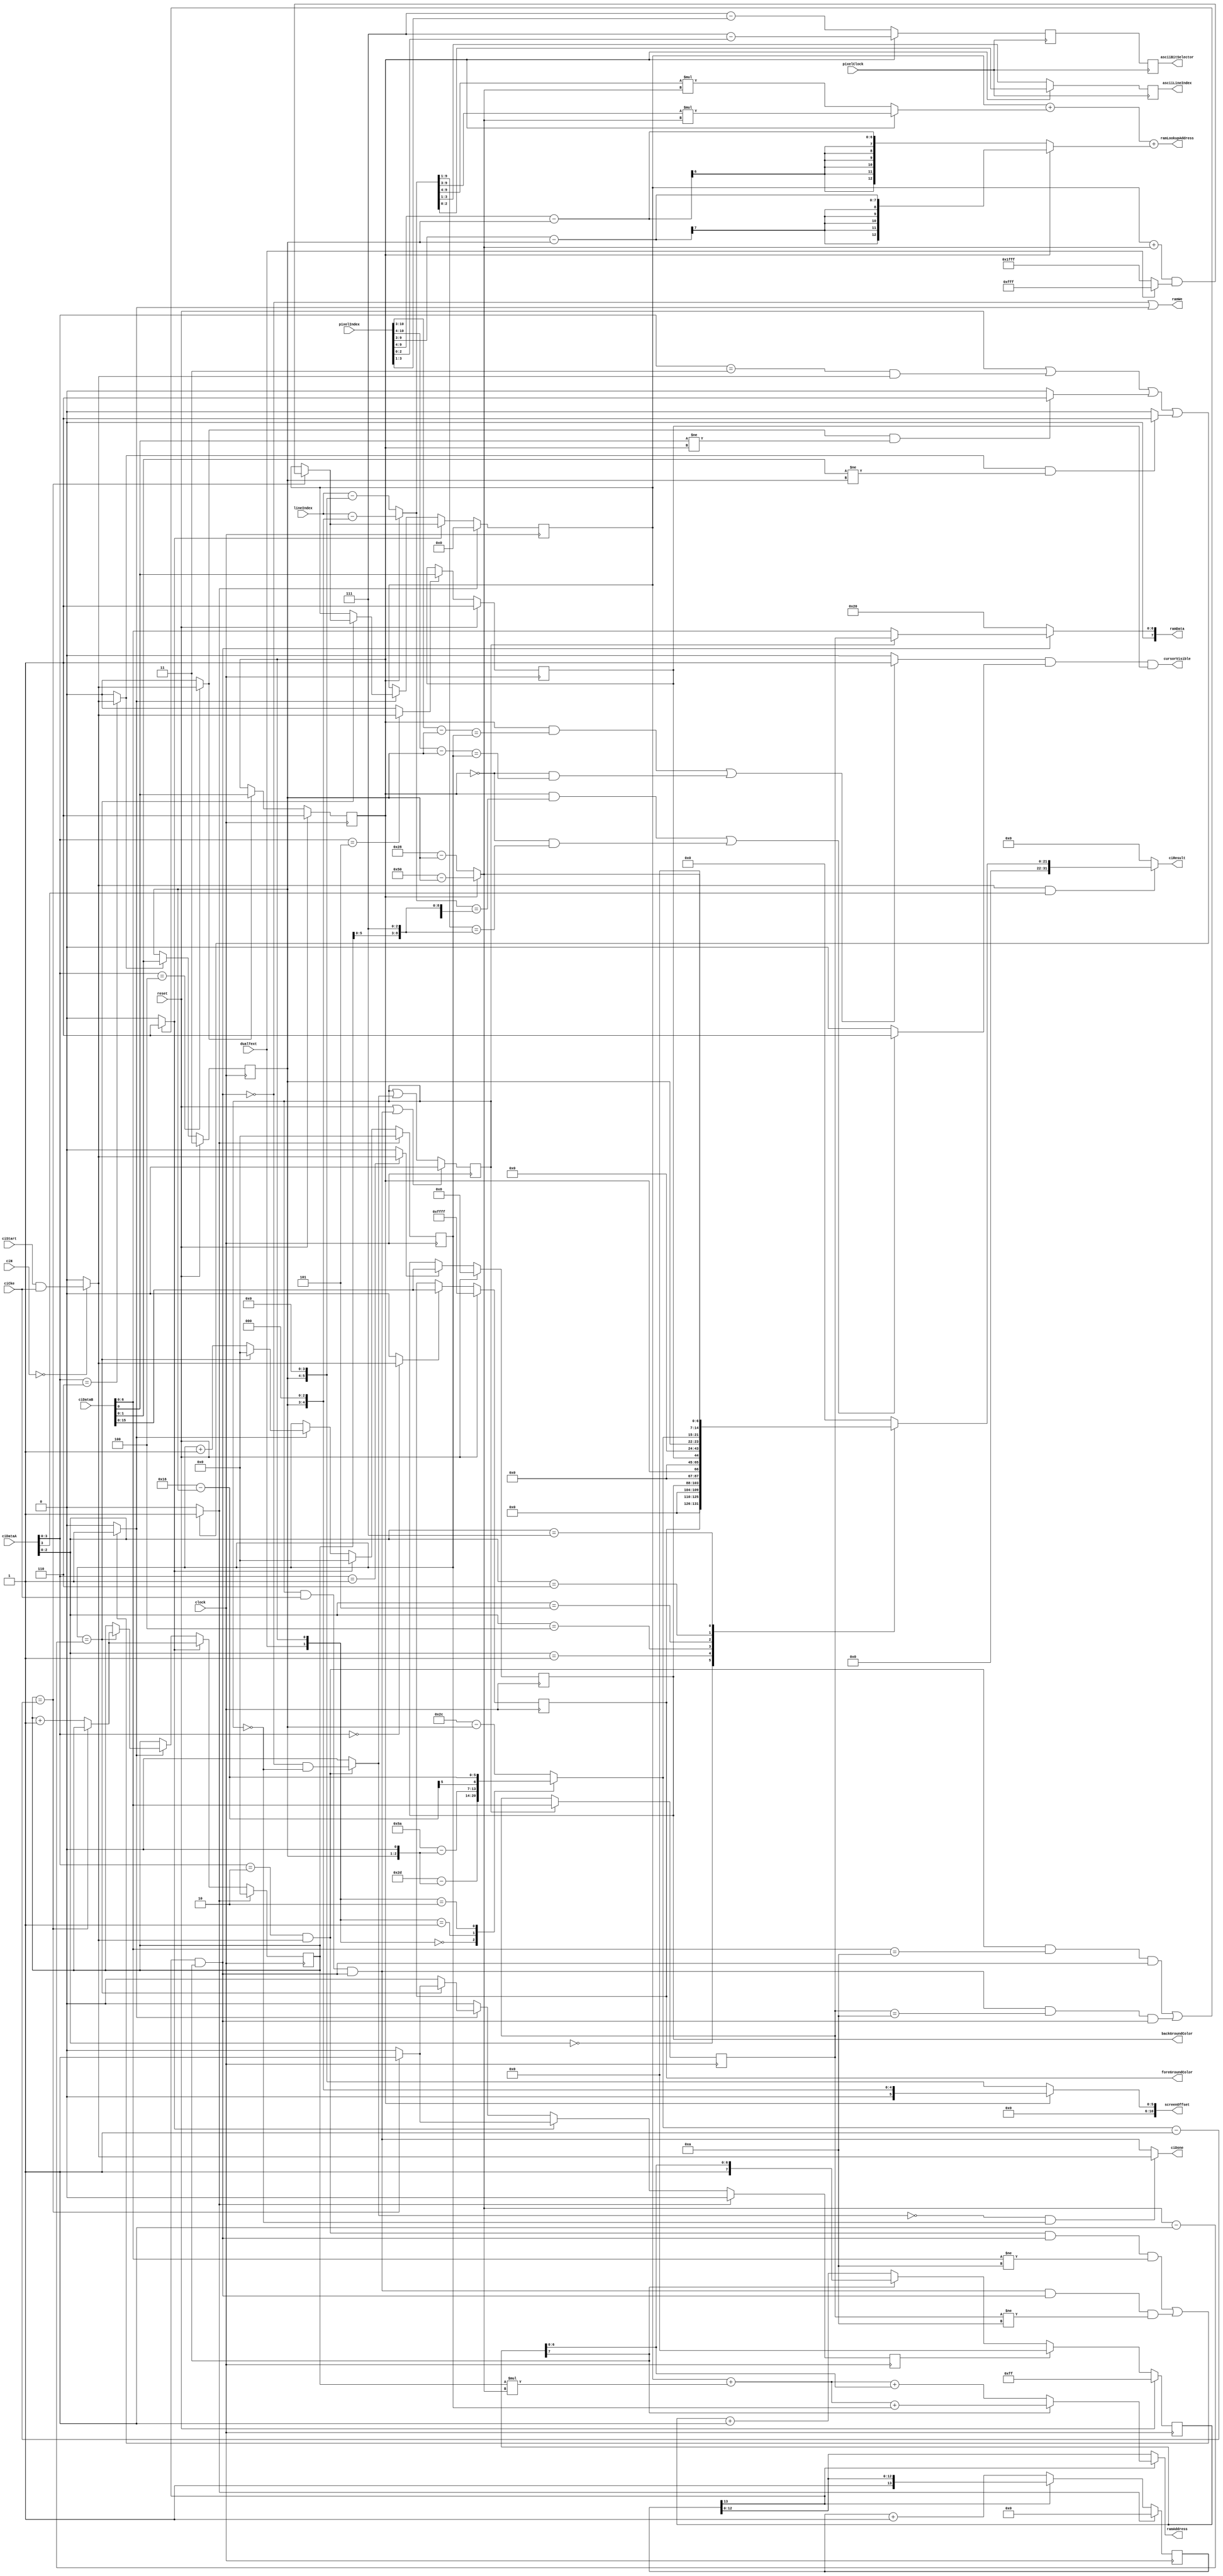
module textController #(parameter [15:0] defaultForeGroundColor = 16'hFFFF,
                        parameter [15:0] defaultBackGroundColor = 16'd0,
                        parameter [7:0]  customIntructionNr = 8'd0,
                        parameter defaultSmallChars = 1'b1)
                       (input wire         clock,
                                           pixelClock,
                                           reset,
                                           dualText,
                        input wire [10:0]  pixelIndex,
                        input wire [9:0]   lineIndex,
                        output wire [10:0] screenOffset,
                        // here we define the custom instruction interface
                        input wire [7:0]   ciN,
                        input wire [31:0]  ciDataA,
                                           ciDataB,
                        input wire         ciStart,
                                           ciCke,
                        output wire        ciDone,
                        output wire [31:0] ciResult,
                        // here we define the interface to the ram and screen controller
                        output wire        ramWe,
                        output wire [7:0]  ramData,
                        output wire [12:0] ramAddress,
                        output wire [12:0] ramLookupAddress,
                        output reg [2:0]   asciiBitSelector,
                                           asciiLineIndex,
                        output [15:0]      foreGroundColor,
                                           backGroundColor,
                        output             cursorVisible );

  /*
   * This is the text controller that supports following resolutions:
   * 
   * dualText:  SmallChars:  nrOfCharsPerLine: nrOfLines: CharResolution:
   *     0           0            40              45         16x16
   *     0           1            80              90          8x8
   *     1           0            40              22         16x16
   *     1           1            80              44          8x8
   *
   */
  
  /*
   * For the custom Intruction Interface:
   *
   * DataA[3..0]  DataB:                DataC:          Remark:
   *   0000       ForeGroundColor       --              Write new Color on 16Bits RGB565
   *   1000       --                    ForeGroundColor Read current Color on 16 bits RGB565
   *   0001       BackGoundColor        --              Write new Color on 16Bits RGB565
   *   1001       --                    BackGoundColor  Read current Color on 16 bits RGB565
   *   0010       Char ASCII            --              Write a character (7 bits) at the current cursor position
   *   0011       --                    --              Clear Screen
   *   0100       bit0:SmallChars       --              Set the smallChars parameter (changing this value will force a clear screen)
   *   0101       bit0:CursorVisible    --              Enable or disable the visible cursor
   *   0110       bit1-0 TextCorrection --              Set the text correction for Televisions (0-3 Chars/lines)
   *   1110       --                    TextCorrection  Read the text correction for Televisions (0-3 Chars/lines)
   *   1111       --                    Screen Info     Read bits[31:16] the number of lines and bits[15:0] number of characters each line
   *  others                                            No function
   *
   */
  
  wire s_busy;
  /*
   *
   * Here the custom instruction interface is defined
   *
   */
  reg [15:0] s_foreGroundColorReg, s_backGroundColorReg;
  reg [1:0]  s_TextCorrectionReg;
  reg [6:0]  s_delayedCharToBeWrittenReg;
  reg        s_cursorVisibleReg;
  reg        s_delayWeCharReg;
  reg        s_smallCharsReg;
  
  assign foreGroundColor = s_foreGroundColorReg;
  assign backGroundColor = s_backGroundColorReg;
  assign screenOffset    = (s_smallCharsReg) == 1'b1 ? {6'd0,s_TextCorrectionReg,3'd0} : {5'd0,s_TextCorrectionReg,4'd0};
  
  wire s_isMyCustomInstruction = (ciN == customIntructionNr) ? ciStart & ciCke : 1'b0;
  wire s_weForeGroudColor      = (ciDataA[3:0] == 4'h0) ? s_isMyCustomInstruction : 1'b0;
  wire s_weBackGroudColor      = (ciDataA[3:0] == 4'h1) ? s_isMyCustomInstruction : 1'b0;
  wire s_weSmallChars          = (ciDataA[3:0] == 4'h4) ? s_isMyCustomInstruction : 1'b0;
  wire s_SmallCharsChanged     = (s_weSmallChars == 1'b1 && ciDataB[0] != s_smallCharsReg) ? 1'b1 : 1'b0;
  wire s_weTextCorrection      = (ciDataA[3:0] == 4'h6) ? s_isMyCustomInstruction : 1'b0;
  wire s_textCorrectionChanged = (s_weTextCorrection == 1'b1 && ciDataB[1:0] != s_TextCorrectionReg) ? 1'b1 : 1'b0;
  wire s_clearScreen           = (reset == 1'b1 || (ciDataA[3:0] == 4'h3 && s_isMyCustomInstruction) || s_SmallCharsChanged == 1'b1 ||
                                  s_textCorrectionChanged == 1'b1) ? 1'b1 : 1'b0;
  wire s_weCursor              = (ciDataA[3:0] == 4'h5) ? s_isMyCustomInstruction : 1'b0;
  wire s_delayWeChar           = (ciDataA[3:0] == 4'h2 && s_isMyCustomInstruction == 1'b1) ? s_busy & ~s_delayWeCharReg : 1'b0;
  wire s_delayWeCharTaken      = s_delayWeCharReg & ciCke & ~s_busy;
  wire s_weChar                = ((ciDataA[3:0] == 4'h2 && s_isMyCustomInstruction == 1'b1 && s_busy == 1'b0 && ciDataB[6:0] != 7'd10) || 
                                  (s_delayWeCharTaken == 1'b1 && s_busy == 1'b0 && s_delayedCharToBeWrittenReg != 7'd10)) ? 1'b1 : 1'b0;
  wire s_nextLine              = ((ciDataA[3:0] == 4'h2 && s_isMyCustomInstruction == 1'b1 && ciDataB[6:0] == 7'd10 && s_busy == 1'b0) || 
                                  (s_delayWeCharTaken == 1'b1 && s_delayedCharToBeWrittenReg == 7'd10 && s_busy == 1'b0)) ? 1'b1 : 1'b0;

  always @(posedge clock)
    begin
      s_foreGroundColorReg        <= (reset == 1'b1) ? defaultForeGroundColor : (s_weForeGroudColor == 1'b1) ? ciDataB[15:0] : s_foreGroundColorReg;
      s_backGroundColorReg        <= (reset == 1'b1) ? defaultBackGroundColor : (s_weBackGroudColor == 1'b1) ? ciDataB[15:0] : s_backGroundColorReg;
      s_smallCharsReg             <= (reset == 1'b1) ? defaultSmallChars : (s_weSmallChars == 1'b1) ? ciDataB[0] : s_smallCharsReg;
      s_cursorVisibleReg          <= (reset == 1'b1) ? 1'b1 : (s_weCursor == 1'b1) ? ciDataB[0] : s_cursorVisibleReg;
      s_delayWeCharReg            <= (reset == 1'b1 || s_delayWeCharTaken == 1'b1) ? 1'b0 : s_delayWeCharReg | s_delayWeChar;
      s_delayedCharToBeWrittenReg <= (s_delayWeCharReg == 1'b1) ? ciDataB[6:0] : s_delayedCharToBeWrittenReg;
      s_TextCorrectionReg         <= (reset == 1'b1) ? 2'd3 : (s_weTextCorrection == 1'b1) ? ciDataB[1:0] : s_TextCorrectionReg;
    end

  
  /*
   *
   * Here we define the screen parameters
   *
   */
  reg [6:0]  s_maxLines;
  wire [6:0] s_maxCharsPerLine = (s_smallCharsReg == 1'b1) ? 7'd80 - {5'd0,s_TextCorrectionReg} : 7'd40 - {5'd0,s_TextCorrectionReg};
  wire [1:0] s_lineSelect = {dualText, s_smallCharsReg};
  
  always @*
    case (s_lineSelect)
      2'b00   : s_maxLines <= 7'd45 - {4'd0,s_TextCorrectionReg,1'd0};
      2'b01   : s_maxLines <= 7'd90 - {4'd0,s_TextCorrectionReg,1'd0};
      2'b10   : s_maxLines <= 7'd22 - {5'd0,s_TextCorrectionReg};
      default : s_maxLines <= 7'd44 - {5'd0,s_TextCorrectionReg};
    endcase
  
  /*
   *
   * Here the output is defined
   *
   */
  reg [31:0] s_ciResult;
  
  assign ciResult = (s_isMyCustomInstruction == 1'b1 && ciDataA[3] == 1'b1) ? s_ciResult : 32'd0;
  
  always @*
    case (ciDataA[2:0])
      3'd0    : s_ciResult <= {16'd0, s_foreGroundColorReg};
      3'd1    : s_ciResult <= {16'd0, s_backGroundColorReg};
      3'd4    : s_ciResult <= {31'd0,s_smallCharsReg};
      3'd5    : s_ciResult <= {31'd0,s_cursorVisibleReg};
      3'd6    : s_ciResult <= {30'd0,s_TextCorrectionReg};
      3'd7    : s_ciResult <= {8'd0, s_maxLines, 8'd0, s_maxCharsPerLine};
      default : s_ciResult <= 32'd0;
    endcase

  /*
   *
   * Here the clear screen is handeled
   *
   */
  reg [13:0] s_clearScreenCounterReg;
  
  always @(posedge clock) s_clearScreenCounterReg <= (s_clearScreen == 1'b1) ? 13'd0 : (s_clearScreenCounterReg[13] == 1'b0) ? s_clearScreenCounterReg + 13'b1 : s_clearScreenCounterReg;
  
  /*
   *
   * Here the line cleaning is handeled
   *
   */
  reg [7:0] s_clearLineCounterReg;
  reg s_clearLine;
  
  always @(posedge clock) s_clearLineCounterReg <= (reset == 1'b1) ? 8'hFF : (s_clearLine == 1'b1) ? 8'd0 : (s_clearLineCounterReg[7] == 1'b0) ? s_clearLineCounterReg + 8'd1 : s_clearLineCounterReg;
  
  /*
   *
   * Here the busy signal is defined, and the done for the ci-interface
   *
   */
  
  assign s_busy = ~(s_clearScreenCounterReg[13] & s_clearLineCounterReg[7]);
  assign ciDone = (s_delayWeChar == 1'b0 && s_delayWeCharReg == 1'b0) ? s_isMyCustomInstruction : s_delayWeCharTaken;
  
  /*
   *
   * Here we define the cursor
   *
   */
  reg [6:0]  s_cursorXPos, s_cursorYPos;
  reg [12:0] s_screenOffsetReg;
  wire [12:0] s_screenOffsetMask = (dualText == 1'b1) ? 13'b0111111111111 : 13'b1111111111111;
  wire       s_isOnCursorXPos = ((s_smallCharsReg == 1'b1 && ((pixelIndex[10:3] - {5'd0,s_TextCorrectionReg}) == {1'b0,s_cursorXPos})) ||
                                 (s_smallCharsReg == 1'b0 && ((pixelIndex[10:4] - {5'd0,s_TextCorrectionReg}) == s_cursorXPos))) ? 1'b1 : 1'b0;
  wire [9:0] s_correctedLineIndex = (s_smallCharsReg == 1'b1) ? lineIndex - {5'd0,s_TextCorrectionReg,3'd0} : lineIndex - {4'd0,s_TextCorrectionReg,4'd0};
  wire       s_isOnCursorYPos = ((s_smallCharsReg == 1'b1 && (s_correctedLineIndex == {s_cursorYPos,3'd7})) ||
                                 (s_smallCharsReg == 1'b0 && (s_correctedLineIndex[9:1] == {s_cursorYPos[5:0],3'd7}))) ? 1'b1 : 1'b0;

  assign cursorVisible = s_isOnCursorXPos & s_isOnCursorYPos & s_cursorVisibleReg;
  
  always @(posedge clock)
    begin      
      if (s_clearScreen == 1'b1)
        begin
          s_cursorXPos      <= 7'd0;
          s_cursorYPos      <= 7'd0;
          s_screenOffsetReg <= 13'd0;
          s_clearLine       <= 1'b0;
        end
      else if (s_nextLine == 1'b1)
        begin
          s_cursorXPos      <= 7'd0;
          if (s_cursorYPos == (s_maxLines - 6'd1))
            begin
              s_screenOffsetReg <= (s_screenOffsetReg + {6'd0,s_maxCharsPerLine}) & s_screenOffsetMask;
              s_clearLine       <= 1'b1;
            end
          else 
            begin
              s_cursorYPos <= s_cursorYPos+7'd1;
              s_clearLine  <= 1'b0;
            end
        end
     else if (s_weChar == 1'b1)
       begin
         if (s_cursorXPos == (s_maxCharsPerLine - 6'd1))
           begin
             s_cursorXPos <= 6'd0;
             if (s_cursorYPos == (s_maxLines - 6'd1))
               begin
                 s_screenOffsetReg <= (s_screenOffsetReg + {6'd0,s_maxCharsPerLine}) & s_screenOffsetMask;
                 s_clearLine       <= 1'b1;
               end
             else
               begin
                 s_clearLine  <= 1'b0;
                 s_cursorYPos <= s_cursorYPos+7'd1;
               end
           end
         else
           begin
             s_cursorXPos <= s_cursorXPos + 6'd1;
             s_clearLine  <= 1'b0;
           end
       end
     else s_clearLine <= 1'b0;
    end
  
  /*
   *
   * Here the ram interface is defined
   *
   */
  reg [2:0] s_asciiBitIndex;
  wire [12:0] s_yposOffset = {6'd0,s_cursorYPos} * {6'd0,s_maxCharsPerLine};
  wire [12:0] s_lookupOffset1 = (s_smallCharsReg == 1'b1) ? {6'b0,s_correctedLineIndex[9:3]} * {6'd0,s_maxCharsPerLine} : {7'b0,s_correctedLineIndex[9:4]} * {6'd0,s_maxCharsPerLine};
  wire [12:0] s_lookupOffset2 = (s_smallCharsReg == 1'b1) ? {6'h0,pixelIndex[9:3]} - {10'd0,s_TextCorrectionReg} : {7'h0,pixelIndex[9:4]} - {10'd0,s_TextCorrectionReg};
  
  assign ramWe            = s_busy | s_weChar;
  assign ramData          = (s_busy == 1'b1) ? 8'd32 : (s_delayWeCharReg == 1'b1) ? {1'b0, s_delayedCharToBeWrittenReg} : {1'b0, ciDataB[6:0]};
  assign ramAddress       = (s_clearScreenCounterReg[13] == 1'b0) ? s_clearScreenCounterReg[12:0] :
                            (s_clearLineCounterReg[7] == 1'b0) ? s_screenOffsetReg + s_yposOffset + {6'd0,s_clearLineCounterReg[6:0]} : s_screenOffsetReg + s_yposOffset + {6'd0,s_cursorXPos};
  assign ramLookupAddress = s_screenOffsetReg + s_lookupOffset1 + s_lookupOffset2;
  
  always @(posedge pixelClock) 
    begin
      s_asciiBitIndex  <= (s_smallCharsReg == 1'b1) ? 3'd7 - pixelIndex[2:0] : 3'd7 - pixelIndex[3:1];
      asciiBitSelector <= s_asciiBitIndex;
      asciiLineIndex   <= (s_smallCharsReg == 1'b1) ? s_correctedLineIndex[2:0] : s_correctedLineIndex[3:1];
    end
endmodule